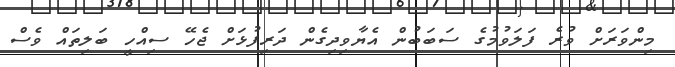
މިންވަރަށް ވުރެ ފަލަވުމުގެ ސަބަބުން އެޔާވިދިގެން ދަރިފުޅަށް ޖެހޭ ސިއްހީ ބަލިތައް ވެސް